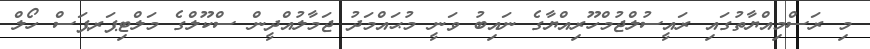
މި ރަސްމިއްޔާތުގައި ރައީސުލްޖުމްހޫރިއްޔާގެ ނައިބު ވަނީ މުޙައްމަދު ޖަމާލުއްދީން ސްކޫލްގެ މަލްޓިޕަރޕަސް ހޯލް